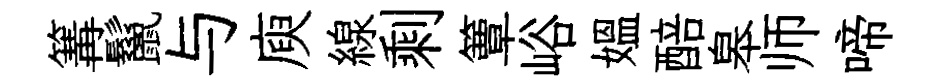
篝鬣与庾線剩簟峪媪醅皋师啼